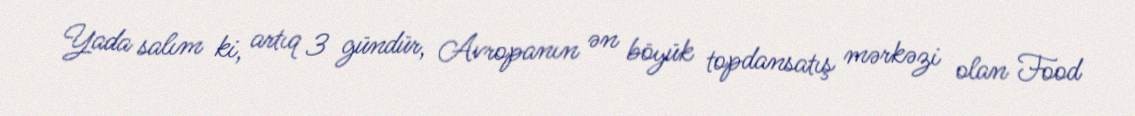
Yada salım ki, artıq 3 gündür, Avropanın ən böyük topdansatış mərkəzi olan Food